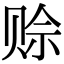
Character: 赊